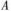
A